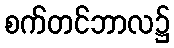
စက်တင်ဘာလ၌